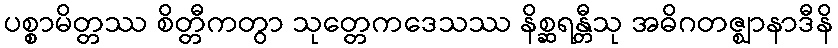
ပစ္စာမိတ္တဿ စိတ္တီကတွာ သုတ္တေကဒေသဿ နိစ္ဆရန္တီသု အဓိဂတဇ္ဈာနာဒီနိ